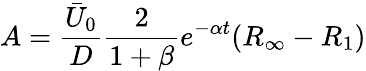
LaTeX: A=\frac{\bar{U}_{0}}{D}\frac{2}{1+\beta}e^{-\alpha t}(R_{\infty}-R_{1})